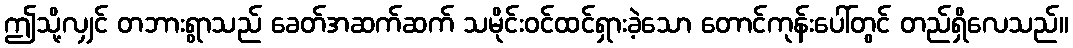
ဤသို့လျှင် တဘားရွာသည် ခေတ်အဆက်ဆက် သမိုင်းဝင်ထင်ရှားခဲ့သော တောင်ကုန်းပေါ်တွင် တည်ရှိလေသည်။